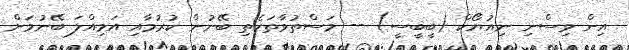
އިން ވިސްނި ނިއުޔޯކް (ބީބީސީ) -- މަސްތުވާތަކެތި ބޭނުން ކުރުމާއި އަމިއްލަ ބޭނުމަށް